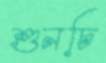
শুনচি